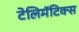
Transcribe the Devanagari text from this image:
टेलिमॅटिक्स